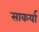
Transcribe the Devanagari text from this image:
साकर्या